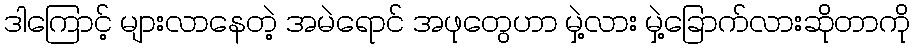
ဒါကြောင့် များလာနေတဲ့ အမဲရောင် အဖုတွေဟာ မှဲ့လား မှဲ့ခြောက်လားဆိုတာကို